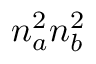
n _ { a } ^ { 2 } n _ { b } ^ { 2 }